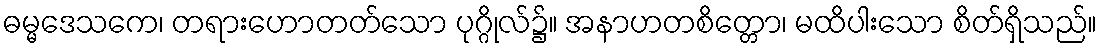
ဓမ္မဒေသကေ၊ တရားဟောတတ်သော ပုဂ္ဂိုလ်၌။ အနာဟတစိတ္တော၊ မထိပါးသော စိတ်ရှိသည်။